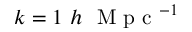
k = 1 \ h \ \mathrm { ~ M ~ p ~ c ~ } ^ { - 1 }